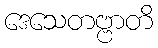
ဒေသေတဗ္ဗာတိ